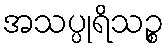
အသပ္ပုရိသဉ္စ